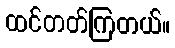
ထင်တတ်ကြတယ်။